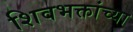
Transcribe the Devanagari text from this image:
शिवभक्तांच्या